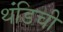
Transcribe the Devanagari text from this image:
थंडिची